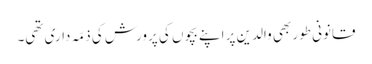
قانونی طور بھی والدین پر اپنے بچوں کی پرورش کی ذمّہ داری تھی۔